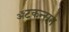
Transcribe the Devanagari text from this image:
ॲटकन्सन